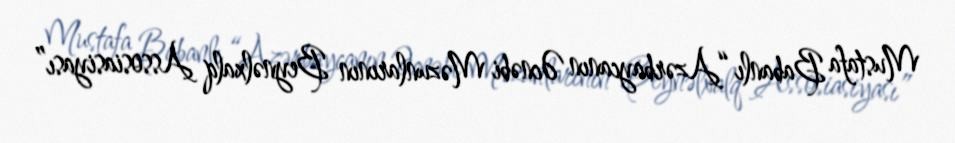
Mustafa Babanlı “Azərbaycanın Əcnəbi Məzunlarının Beynəlxalq Assosiasiyası”